Lock hospitals Punjab
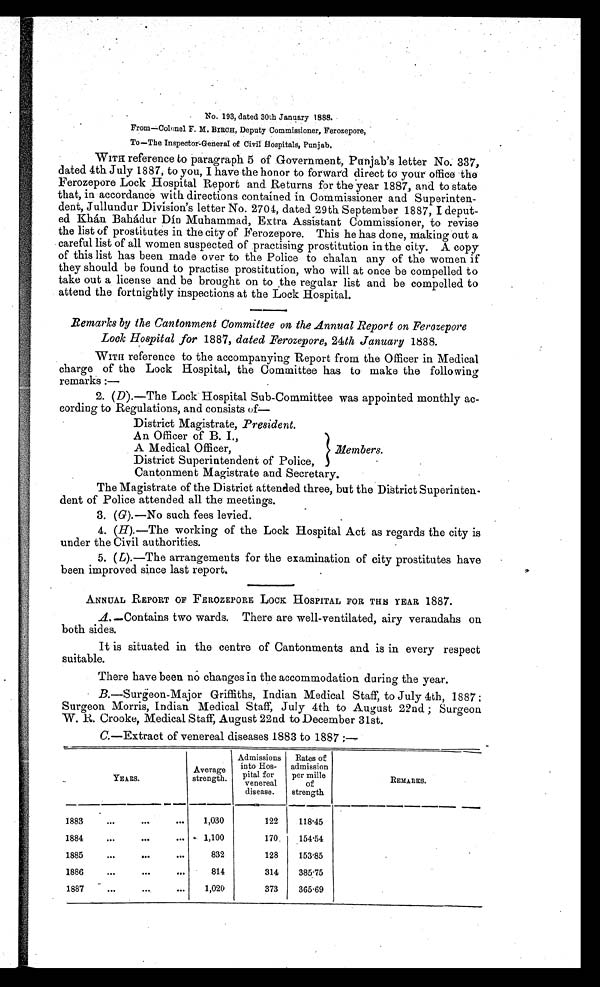
No. 193, dated 30th January 1888.
From—Colonel F. M. BIRCH, Deputy Commissioner, Ferozepore,
To —The Inspector-General of Civil Hospitals, Punjab.
WITH reference to paragraph 5 of Government, Punjab's letter No. 337,
dated 4th July 1887, to you, I have the honor to forward direct to your office the
Ferozepore Lock Hospital Report and Returns for the year 1887, and to state
that, in accordance with directions contained in Commissioner and Superinten-
dent, Jullundur Division's letter No. 2701, dated 29th September 1887, I deput-
ed Khán. Bahádur Dín Muhammad, Extra Assistant Commissioner, to revise
the list of prostitutes in the city of. Ferozepore. This he has done, making out a
careful list of all women suspected of practising prostitution in the city. A copy
of this list has been made over to the Police to chalan any of the women if
they should be found to practise prostitution, who will at once be compelled to
take out a license and be brought on to the regular list and be compelled to
attend the fortnightly inspections at the Lock Hospital.
Remarks by the Cantonment Committee on the Annual Report on Ferozepore
Look Hospital for 1887, dated .Ferozepore, 24th January 1888.
WITH reference to the accompanying Report from the Officer in Medical
charge of the Lock Hospital, the Committee has to make the following
remarks :-
2. (D).—The Lock Hospital Sub-Committee was appointed monthly ac-
cording to Regulations, and consists of—
District Magistrate, President.
An Officer of B. I.,
A Medical Officer,
Members.
District Superintendent of Police,
Cantonment Magistrate and Secretary.
The Magistrate of the District attended three, but the District Superinten-
dent of Police attended all the meetings.
3. (G).—No such fees levied.
4. (H).—The working of the Lock Hospital Act as regards the city is
under the Civil authorities.
5. (L).—The arrangements for the examination of city prostitutes have
been improved since last report.
ANNUAL REPORT OF FEROZEPORE LOCK HOSPITAL FOR THIS YEAR 1887.
A.—Contains two wards. There are well-ventilated, airy verandahs on
both sides.
It is situated in the centre of Cantonments and is in every respect
suitable.
There have been no changes in the accommodation during the year.
B.—Surgeon-Major Griffiths, Indian Medical Staff, to July 4th, 1887
Surgeon Morris, Indian Medical Staff, July 4th to August 22nd ; Surgeon
W. R. Crooke, Medical Staff, August 22nd to December 31st.
C.—Extract of venereal diseases 1883 to 1887:—
YEARS.
Average-
strength.
Admissions
into Hos-
pitals for
venereal
disease.
Rates of
admission
per mille
of
strength
REMARKS.
—
1883
. . .
. . .
...
1,030
122
118.45
1884
...
. . .
...
1,100
170
154.54
1885
. . .
. . .
. . .
832
128
153.85
1886
...
. . .
. . .
814
314
385.75
1887
...
. . .
...
1,020
373
365.69